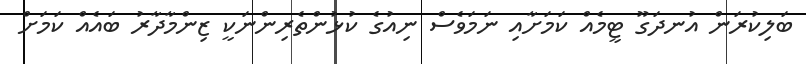
ބަލިކުރަން އުނދަގޫ ޓީމެއް ކަމަށާއި ނަމަވެސް ނިއުގެ ކުޅުންތެރިންނަކީ ޒިންމާދާރު ބައެއް ކަމަށް